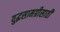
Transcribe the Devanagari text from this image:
युद्धसामग्रीसाठी